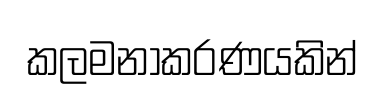
කලමනාකරණයකින්